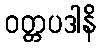
ဝတ္တပဒါနိ